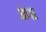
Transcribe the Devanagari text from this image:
अंपा